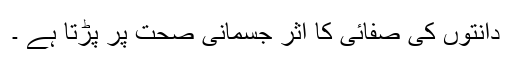
دانتوں کی صفائی کا اثر جسمانی صحت پر پڑتا ہے ۔